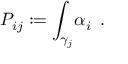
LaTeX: { P _ { i j } } : = { \int _ { \gamma _ { j } } } { \alpha _ { i } } \, \, \, .